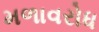
મળાવરોધ